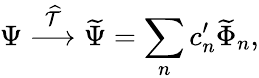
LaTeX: \Psi\stackrel{\widehat{\cal T}}{\longrightarrow}\widetilde\Psi=\sum_{n}c_{n}^{\prime}\widetilde\Phi_{n},